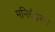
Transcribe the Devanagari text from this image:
मनिचैइस्म